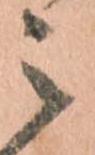
之